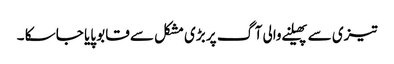
تیزی سے پھیلنے والی آگ پر بڑی مشکل سے قابو پایا جا سکا ۔